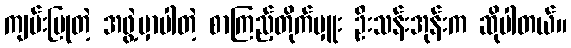
ကျမ်းပြုတဲ့ အဖွဲ့မှာပါတဲ့ စာကြည့်တိုက်မှူး ဦးသန်းအုန်းက ဆိုပါတယ်။